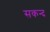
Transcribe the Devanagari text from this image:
सकन्द